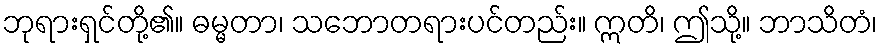
ဘုရားရှင်တို့၏။ ဓမ္မတာ၊ သဘောတရားပင်တည်း။ ဣတိ၊ ဤသို့။ ဘာသိတံ၊